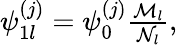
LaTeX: \begin{array}{r}{\psi_{1l}^{(j)}=\psi_{0}^{(j)}\frac{\mathcal{M}_{l}}{\mathcal{N}_{l}},}\end{array}